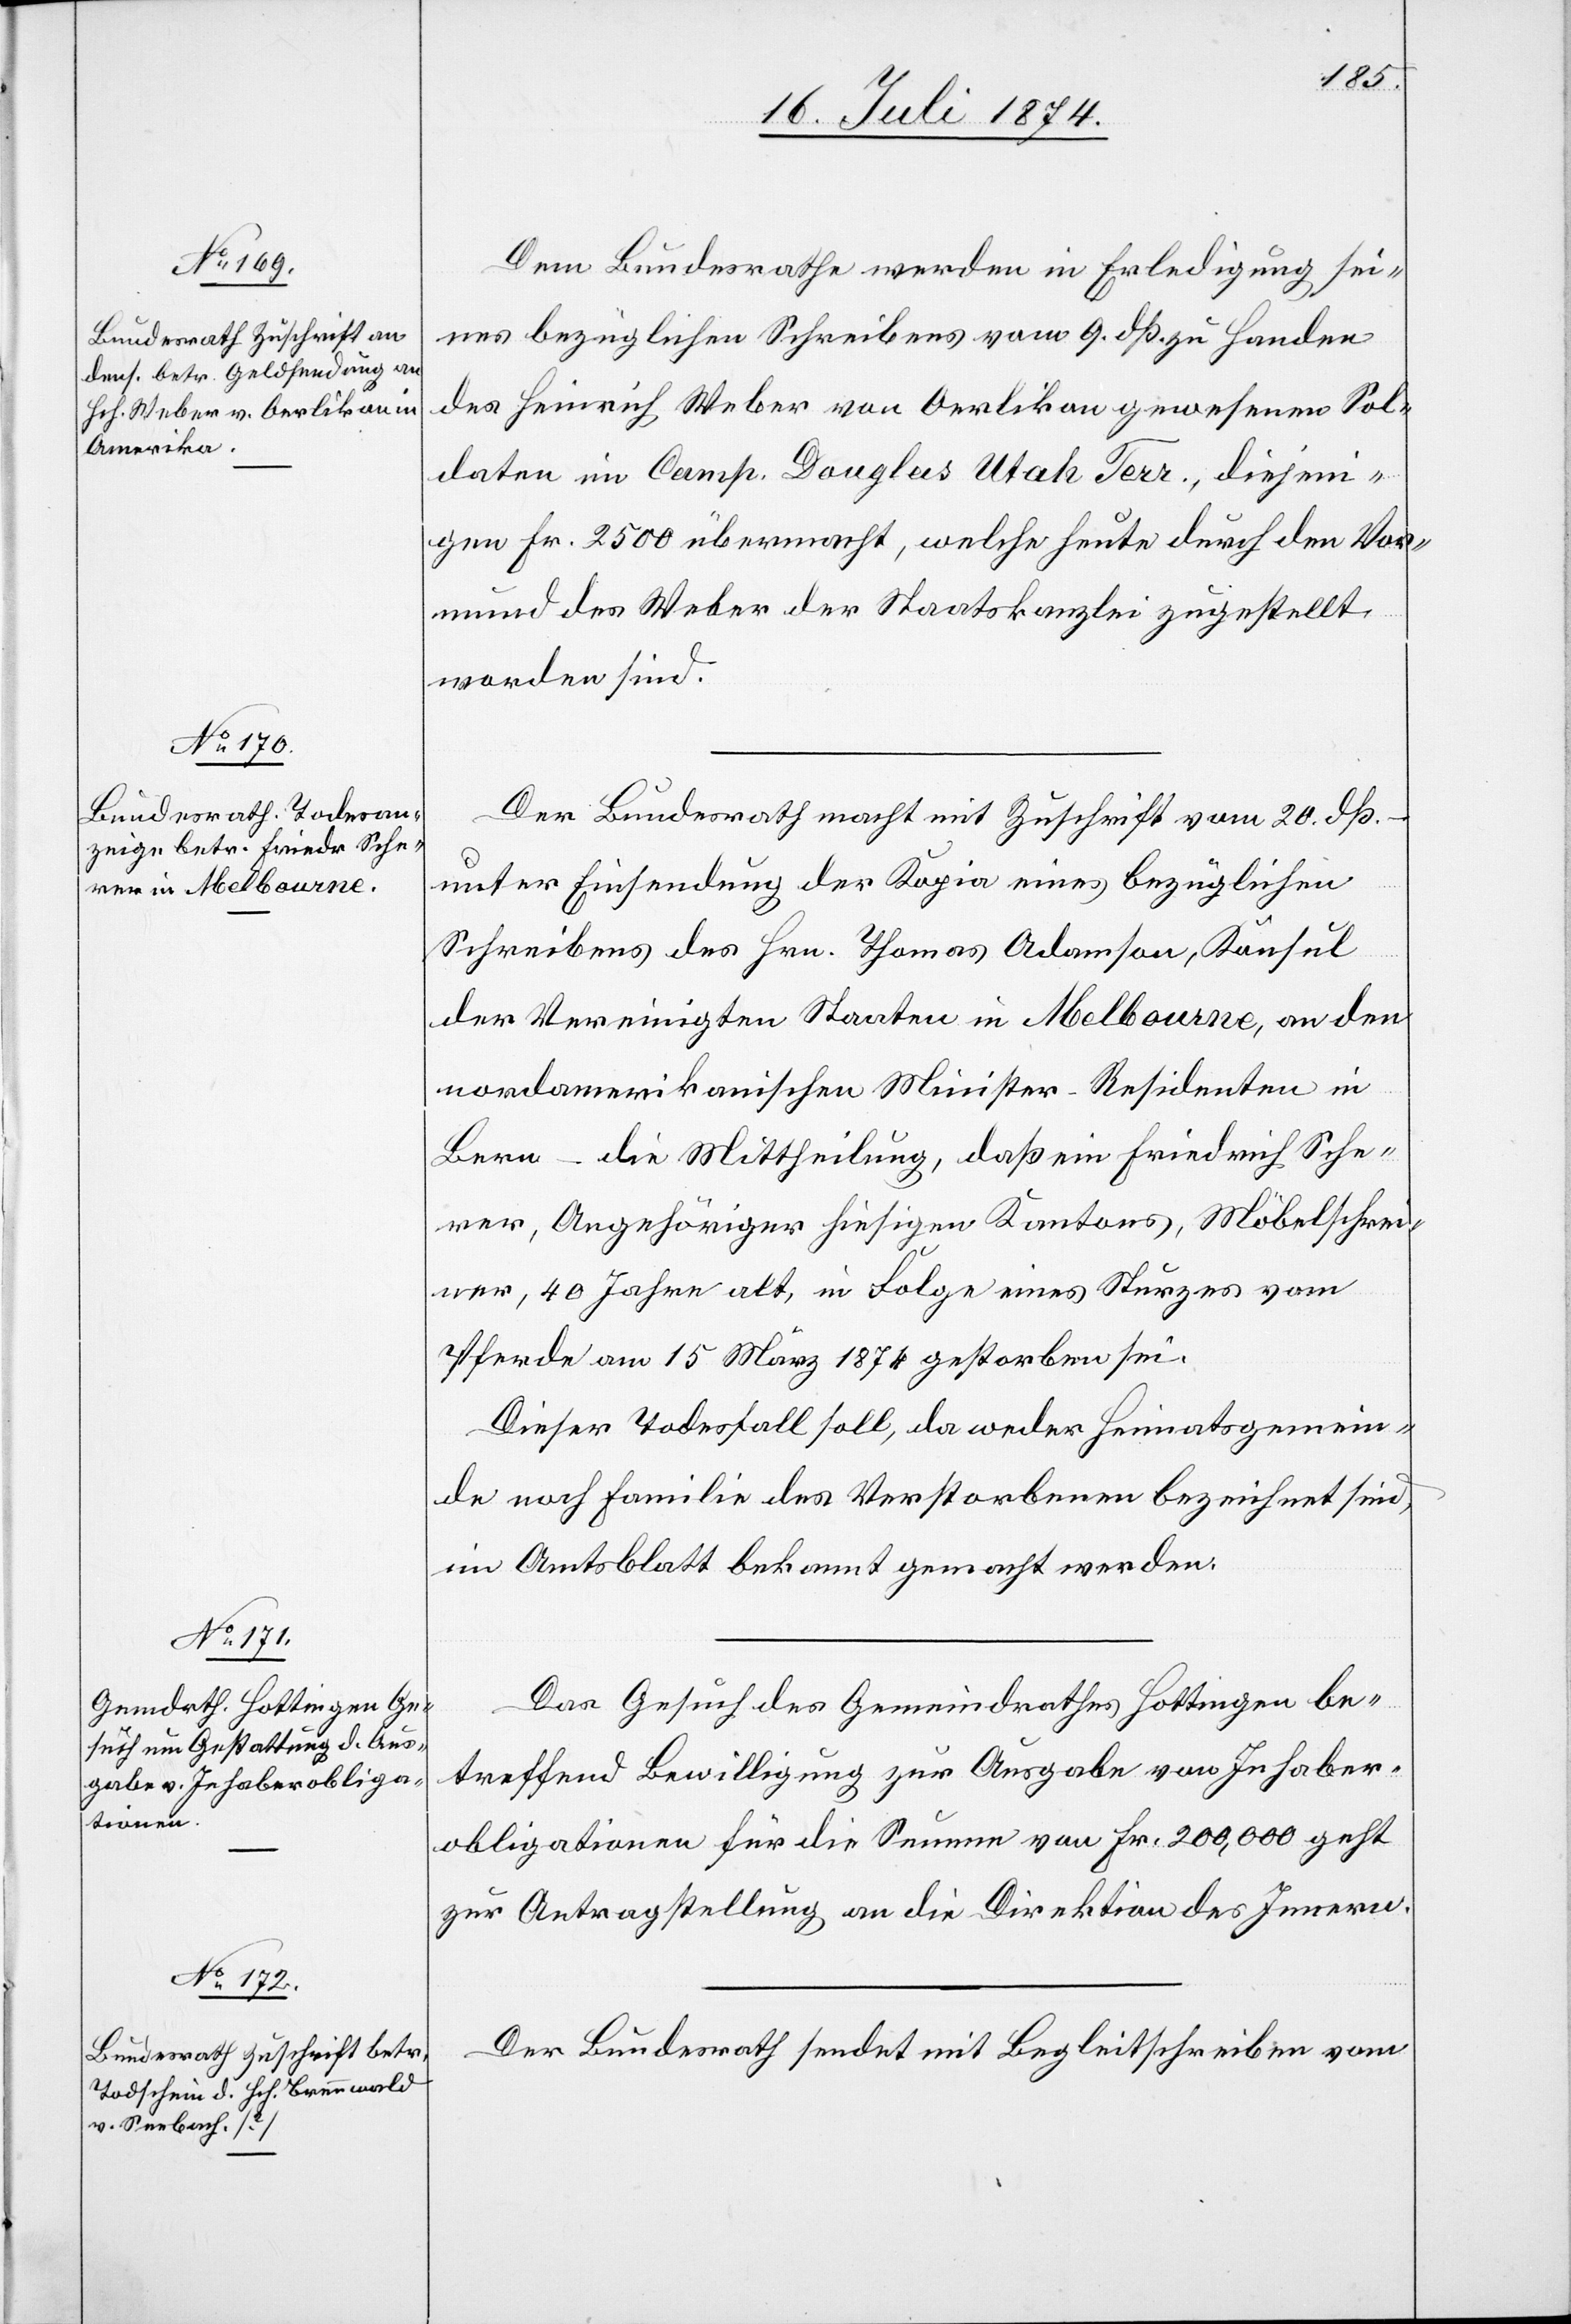
23. Juli 1874.]
Dem Bundesrathe werden in Erledigung sei¬
nes bezüglichen Schreibens vom 9. dß. zu Handen
des Heinrich Weber von Oerlikon gewesenen Sol¬
daten im Camp. Douglas Utah Terr., diejeni¬
gen Fr. 2500 übermacht, welche heute durch den Vor¬
mund des Weber der Staatskanzlei zugestellt
worden sind.
Der Bundesrath macht mit Zuschrift vom 20. dß.
unter Einsendung der Kopie eines bezüglichen
Schreibens des Hrn. Thomas Adamson, Konsul
der Vereinigten Staaten in Melbourne, an den
nordamerikanischen Minister-Residenten in
Bern – die Mittheilung, daß ein Friedrich Sche¬
rer, Angehöriger hiesigen Kantons, Möbelschrei¬
ner, 40 Jahre alt, in Folge eines Sturzes vom
Pferde am 15. März 1874 gestorben sei.
Dieser Todesfall soll, da weder Heimatsgemein¬
de noch Familie des Verstorbenen bezeichnet sind,
im Amtsblatt bekannt gemacht werden.
Das Gesuch des Gemeindrathes Hottingen be¬
treffend Bewilligung zur Ausgabe von Inhaber¬
obligationen für die Summe von Fr. 200,000 geht
zur Antragstellung an die Direktion des Innern.
Der Bundesrath sendet mit Begleitschreiben vom